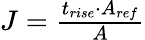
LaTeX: \begin{array}{r}{J=\frac{t_{rise}\cdot A_{ref}}{A}}\end{array}